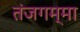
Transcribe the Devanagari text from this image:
तंजगम्मा